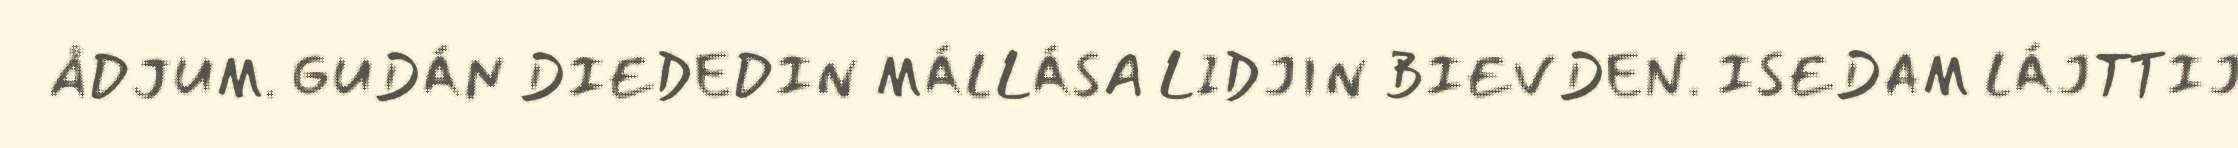
ÅDJUM. GUDÁN DIEDEDIN MÁLLÁSA LIDJIN BIEVDEN. ISEDAM LÁJTTIJ